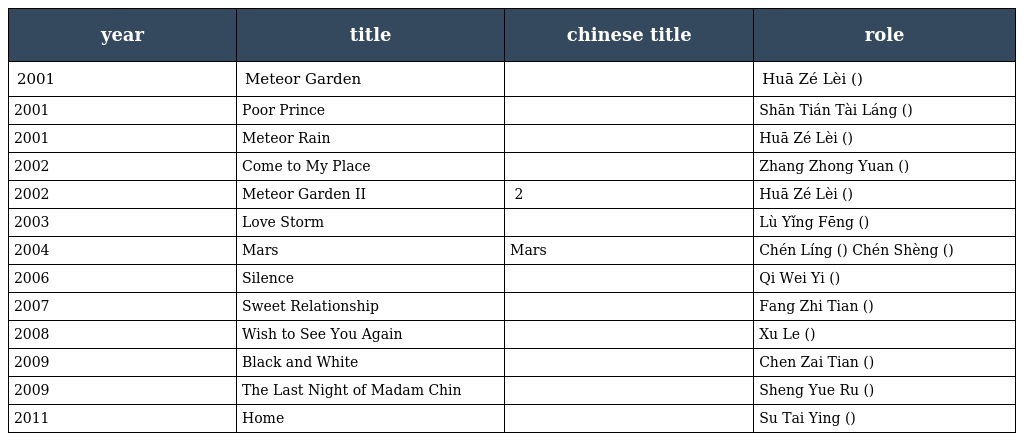
| year | title | chinese title | role |
 | --- | --- | --- | --- |
 | 2001 | Meteor Garden | 流星花園 | Huā Zé Lèi (花澤類) |
 | 2001 | Poor Prince | 貧窮貴公子 | Shān Tián Tài Láng (山田太郎) |
 | 2001 | Meteor Rain | 流星雨 | Huā Zé Lèi (花澤類) |
 | 2002 | Come to My Place | 來我家吧 | Zhang Zhong Yuan (張中原) |
 | 2002 | Meteor Garden II | 流星花園 2 | Huā Zé Lèi (花澤類) |
 | 2003 | Love Storm | 狂愛龍捲風 | Lù Yǐng Fēng (陸穎風) |
 | 2004 | Mars | 戰神Mars | Chén Líng (陳零) Chén Shèng (陳聖) |
 | 2006 | Silence | 深情密碼 | Qi Wei Yi (戚偉易) |
 | 2007 | Sweet Relationship | 美味關係 | Fang Zhi Tian (方織田) |
 | 2008 | Wish to See You Again | 這裡發現愛 | Xu Le (許樂) |
 | 2009 | Black and White | 痞子英雄 | Chen Zai Tian (陳在天) |
 | 2009 | The Last Night of Madam Chin | 金大班最後一夜 | Sheng Yue Ru (盛月如) |
 | 2011 | Home | 回家 | Su Tai Ying (苏台英) |